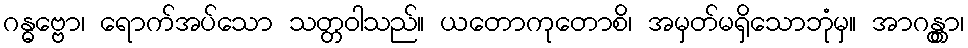
ဂန္ဓဗ္ဗော၊ ရောက်အပ်သော သတ္တဝါသည်။ ယတောကုတောစိ၊ အမှတ်မရှိသောဘုံမှ။ အာဂန္တွာ၊